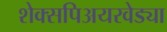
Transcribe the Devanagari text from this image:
शेक्सपिअयरवेड्या